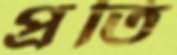
প্রতি